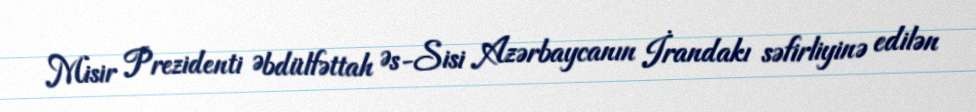
Misir Prezidenti Əbdülfəttah Əs-Sisi Azərbaycanın İrandakı səfirliyinə edilən